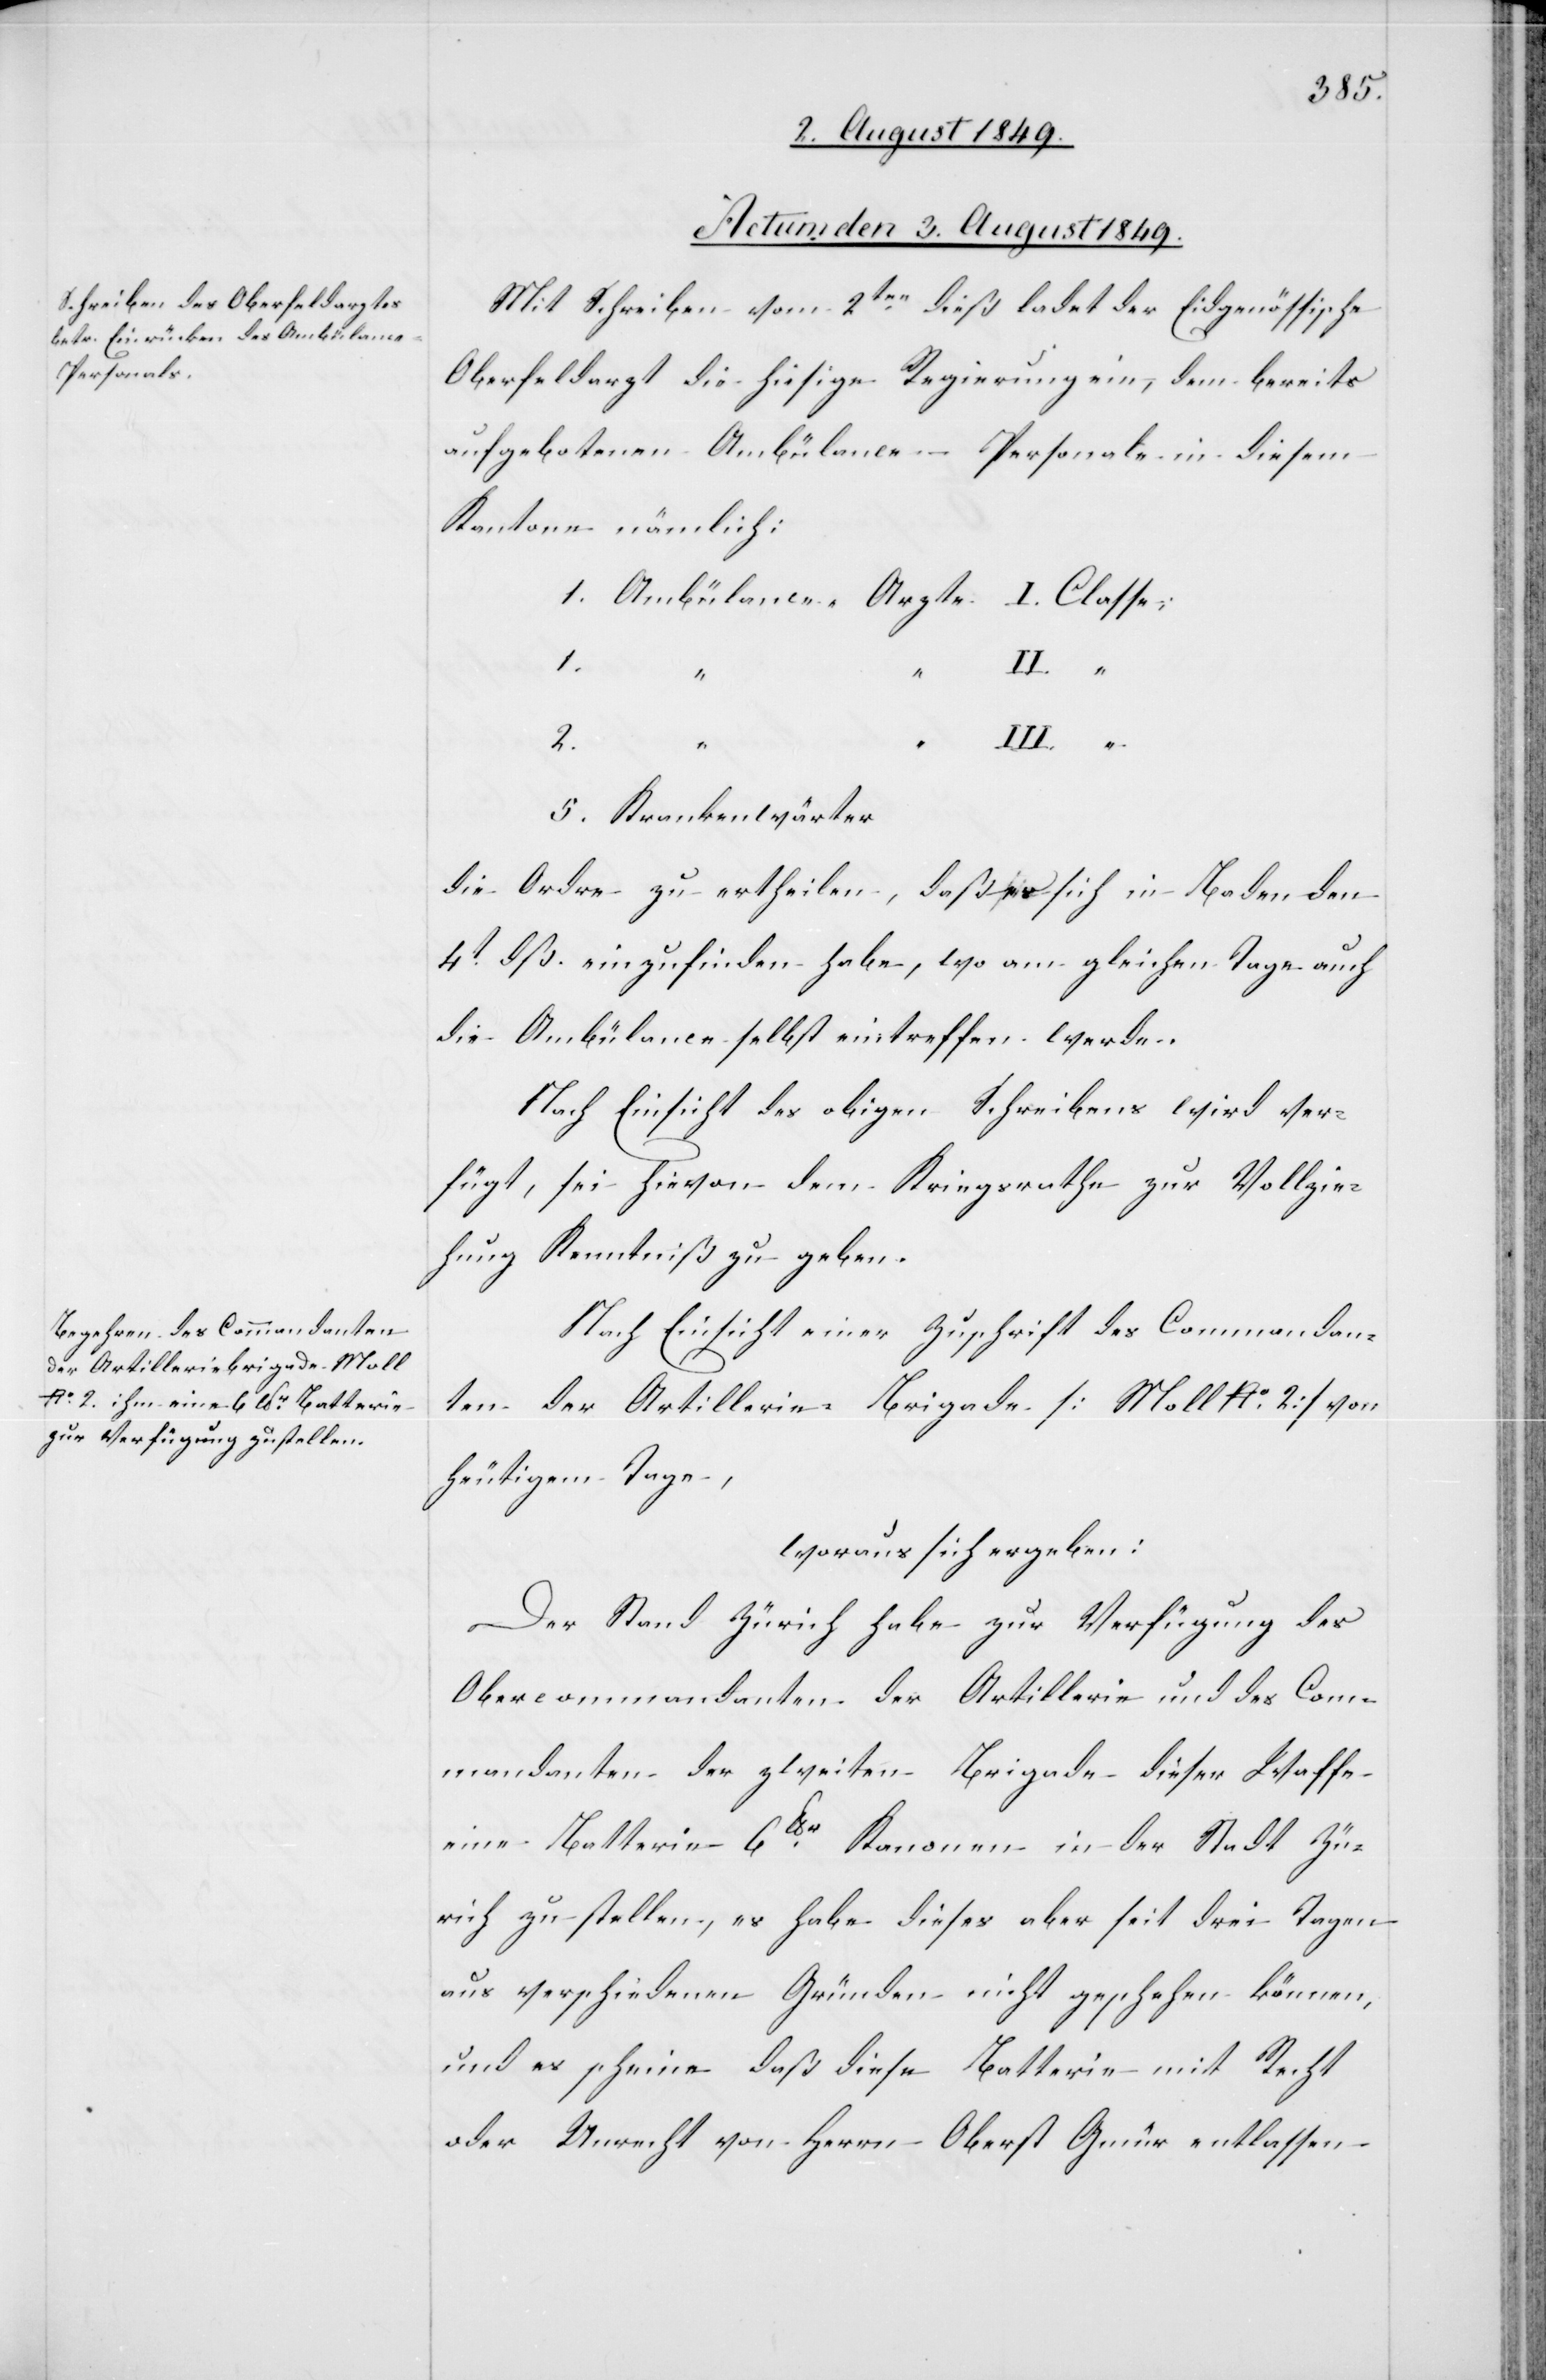
Actum den 3. August 1849.]
Mit Schreiben vom 2ten dieß ladet der Eidgenössische
Oberfeldarzt die hiesige Regierung ein, dem bereits
aufgebotenen Ambülance-Personale in diesem
Kantone nämlich:
1. Ambülance-Arzte	I. Classe
“
5. Krankenwärter
die Ordre zu ertheilen, daß es sich in Baden den
4t dß. einzufinden habe, wo am gleichen Tage auch
die Ambülance selbst eintreffen werde.
Nach Einsicht des obigen Schreibens wird ver¬
fügt, sei hievon dem Kriegsrathe zur Vollzie¬
hung Kenntniß zu geben.
Nach Einsicht einer Zuschrift des Commandan¬
ten der Artillerie-Brigade [Moll No 2] von
heutigem Tage,
woraus sich ergeben:
Der Stand Zürich habe zur Verfügung des
Obercommandanten der Artillerie und des Com¬
mandanten der zweiten Brigade dieser Waffe
eine Batterie 6lbr Kanonen in der Stadt Zü¬
rich zu stellen, es habe dieses aber seit drei Tagen
aus verschiedenen Gründen nicht geschehen können,
und es scheine daß diese Batterie mit Recht
oder Unrecht von Herrn Oberst Gmür entlassen